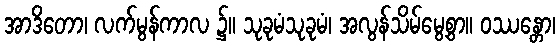
အာဒိတော၊ လက်မွန်ကာလ ၌။ သုခုမံသုခုမံ၊ အလွန်သိမ်မွေ့စွာ။ ဝဿန္တော၊